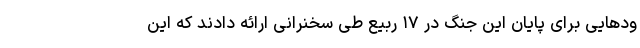
ودهایی برای پایان این جنگ در ۱۷ ربیع طی سخنرانی ارائه دادند که این